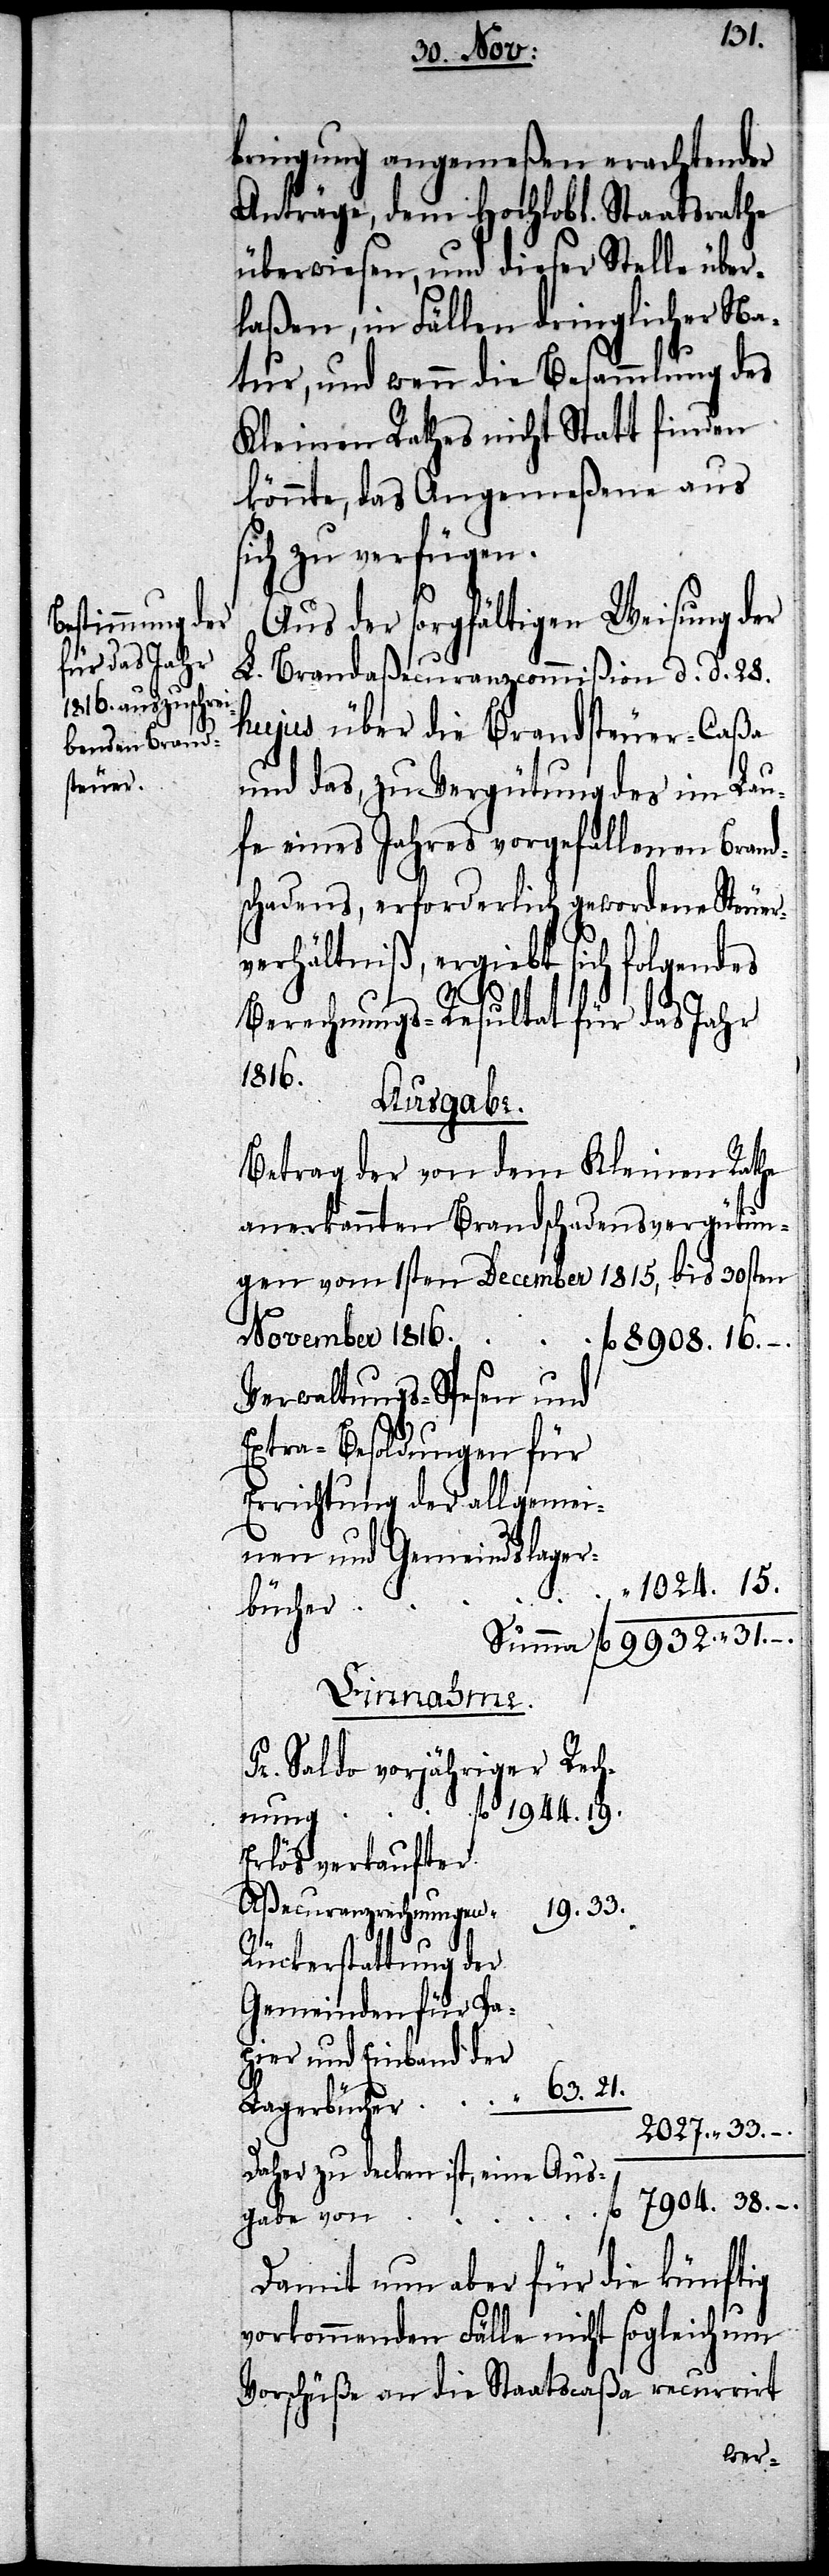
bringung angemeßen erachtender
Anträge, dem Hochlobl. Staatsrathe
überwiesen, und dieser Stelle über¬
laßen, in Fällen dringlicher Na¬
tur, und wenn die Besammlung des
Kleinen Rathes nicht Statt finden
könnte, das Angemeßene aus
sich zu verfügen.
Aus der sorgfältigen Weisung der
L. Brandaßecuranzcommißion d. d. 28.
hujus über die Brandsteuer-Caßa
und das, zu Vergütung des im Lau¬
fe eines Jahres vorgefallenen Brand¬
schadens, erforderlich gewordene Steuer¬
verhältniß, ergiebt sich folgendes
Berechnungs-Resultat für das Jahr
1816.
Ausgabe.
Betrag der von dem Kleinen Rathe
anerkannten Brandschadensvergütun¬
gen vom 1sten December 1815, bis 30sten
November 1816					fl. 8908.16. –.
Verwaltungs-Spesen und
Extra-Besoldungen für
1024.15.
9932.“31.–.
Einnahme.
Pr. Saldo vorjähriger Rech¬
1944.19.
der
und
Erlös verkaufter
Aßecuranzrechnungen		“
19.33.
Rückerstattung der
Gemeinden für Pap¬
Lagerbücher		“ 63.21.
2027.“33. –.
Daher zu decken ist, eine Aus¬
gabe von
Damit nun aber für die künftig
vorkommenden Fälle nicht sogleich um
Vorschüße an die Staatscaßa recurirt